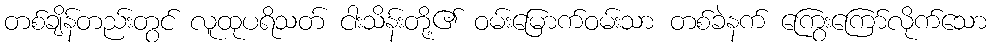
တစ်ချိန်တည်းတွင် လူထုပရိသတ် ငါးသိန်းတို့၏ ဝမ်းမြောက်ဝမ်းသာ တစ်ခဲနက် ကြွေးကြော်လိုက်သော